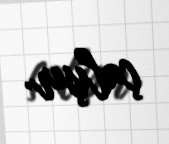
çalışır.